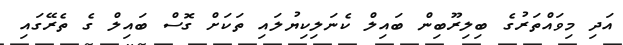
އަދި މިވައްތަރުގެ ބިލިރޫބިން ބައިލް ކެނަލިކިޔުލައި ތަކަށް ގޮސް ބައިލް ގެ ތެރޭގައި